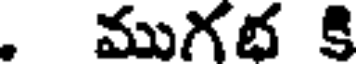
. ముగభ కి